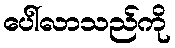
ပေါ်လာသည်ကို